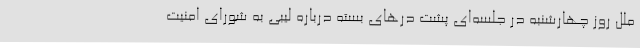
ملل روز چهارشنبه در جلسه‌ای پشت درهای بسته درباره لیبی به شورای امنیت